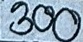
300